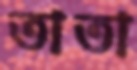
তাতা